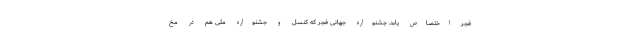
فجر اختصاص یابد. جشنواره جهانی فجر که کنسل و جشنواره ملی هم در مخ